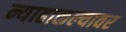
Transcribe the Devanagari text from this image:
न्याहाळल्यावर